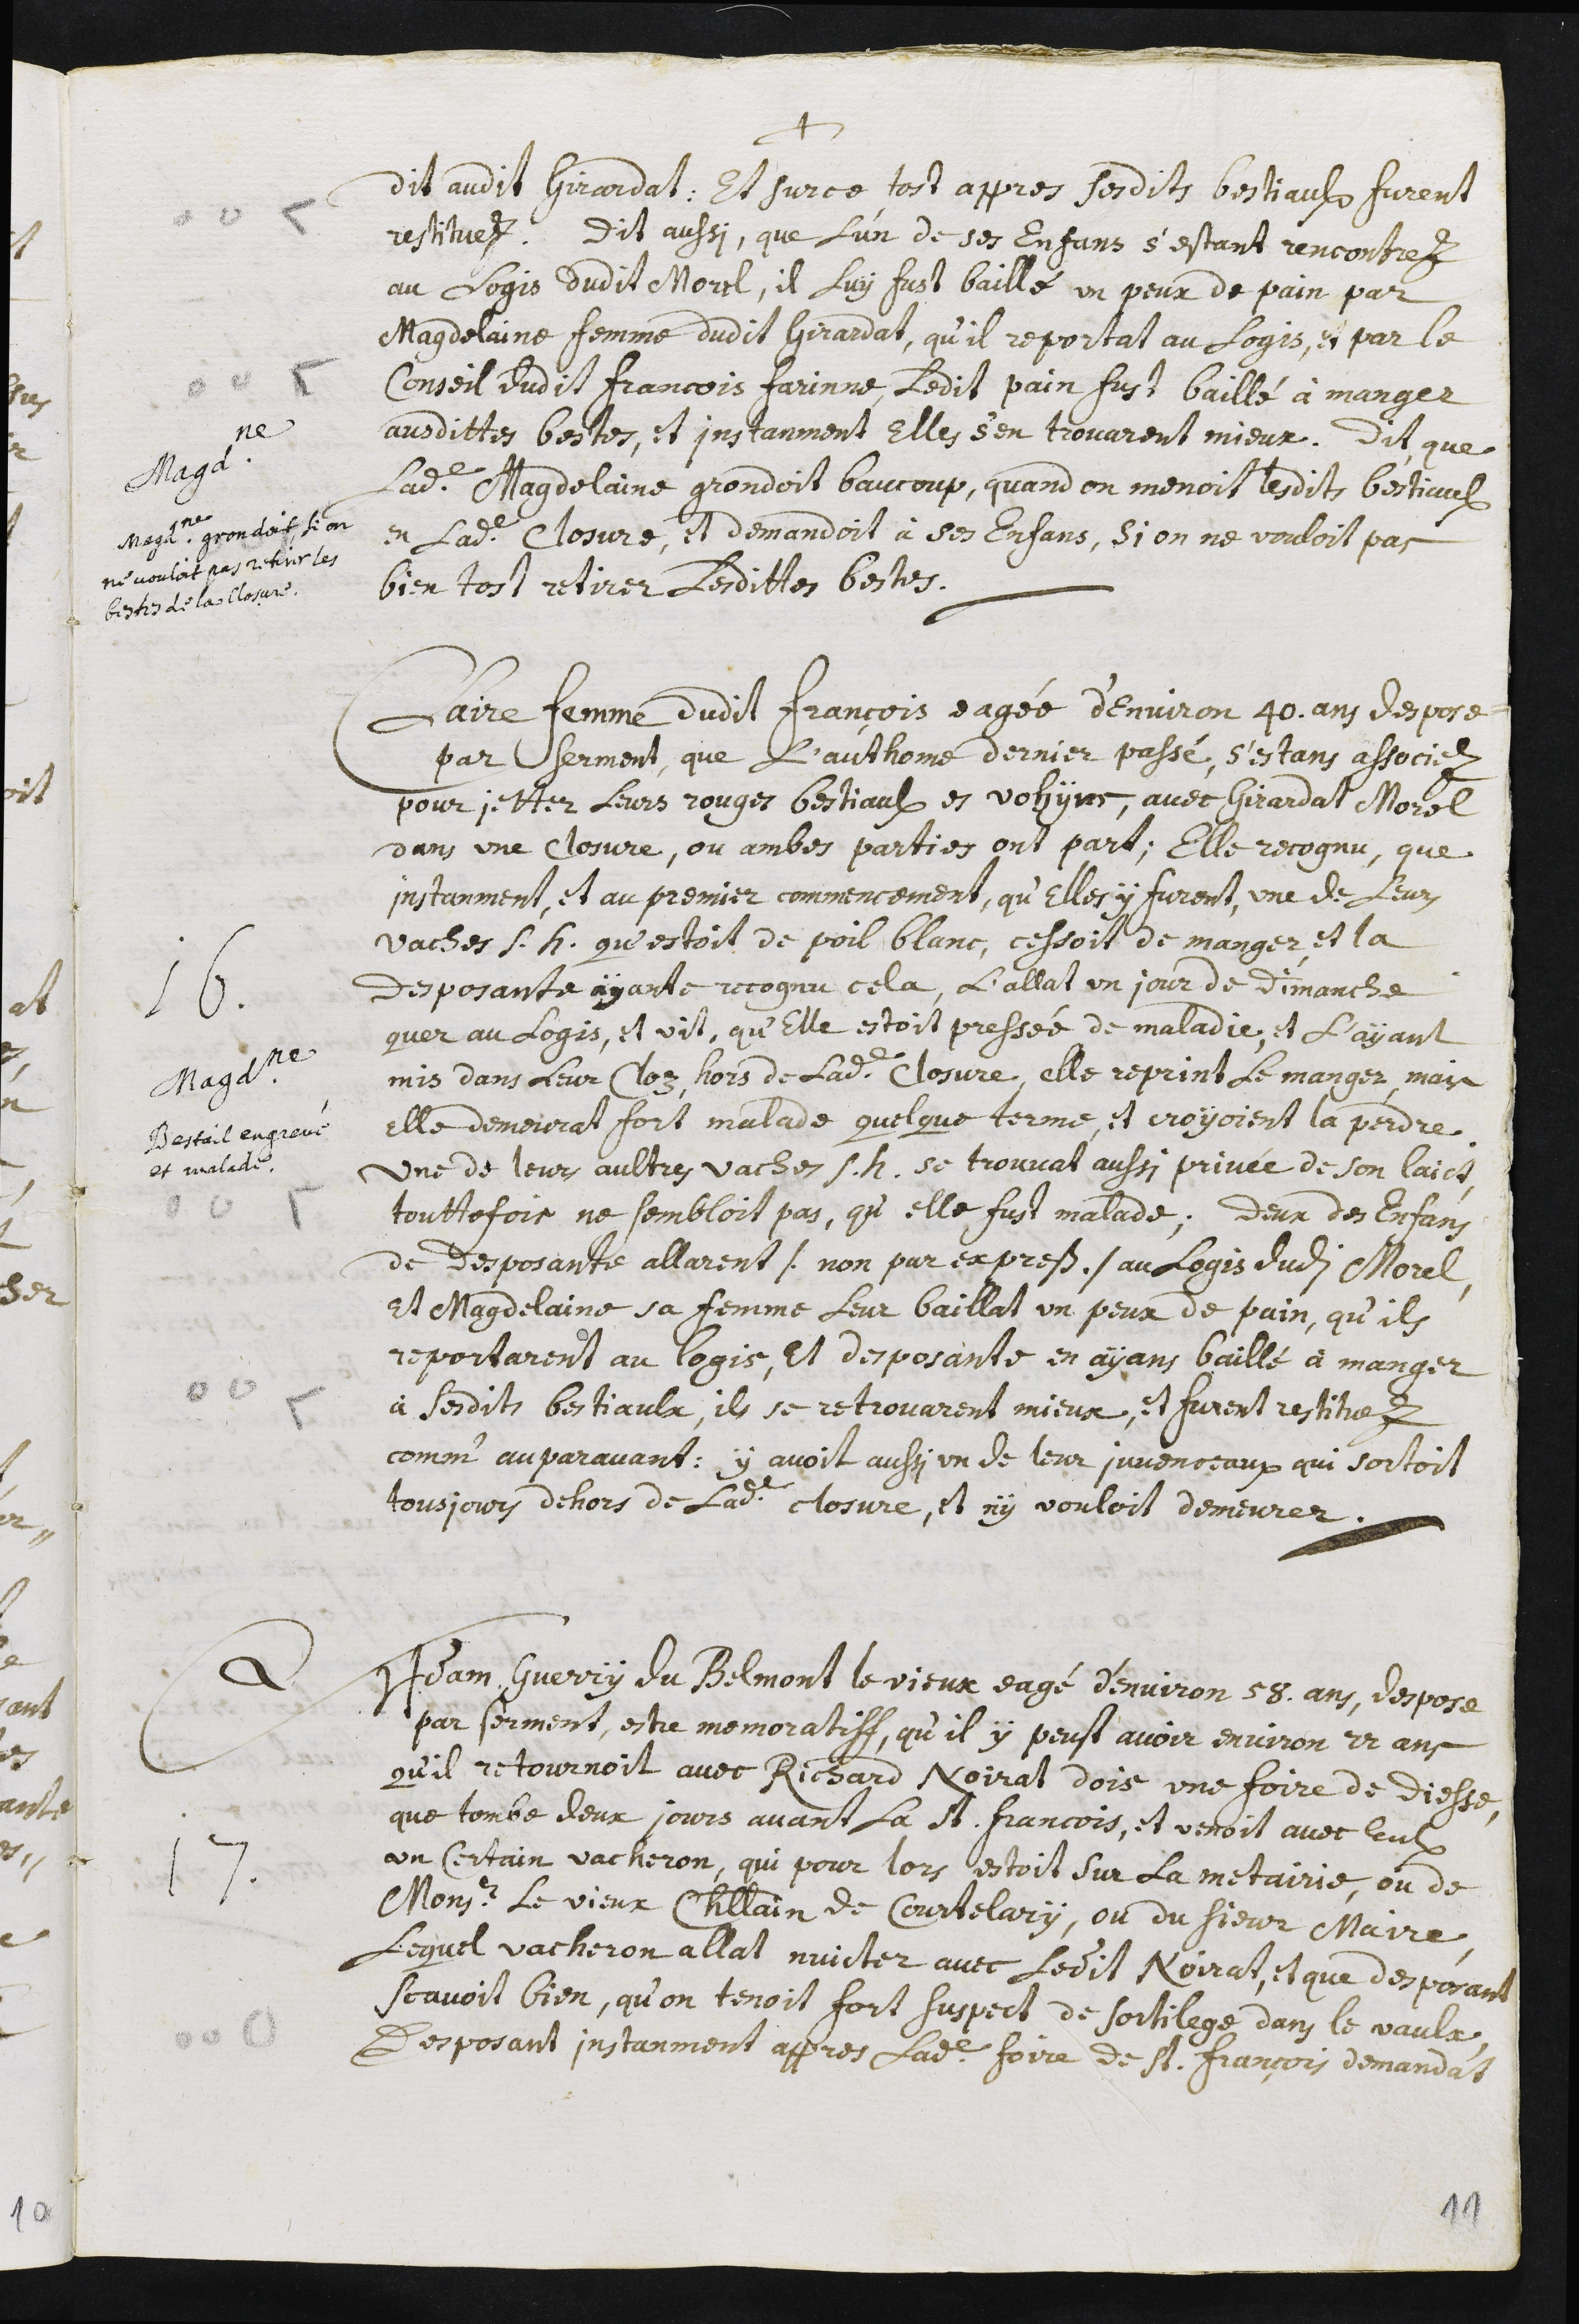
+
dit audit Girardat : et sur ce tost appres sesdits bestiaulx furent
restituez. Dit aussi, que l’un de ses enfans s’estant rencontrez
au logis dudit Morel, il luy fust baillé un peux de pain par
Magdelaine femme dudit Gerardat, qu’il reportat au logis, et par le
conseil dudit Francois Farinne, ledit pain fust baillé à manger
ausdittes bestes, et instanment elles s’en trouarent mieux. Dit que
ladite Magdelaine grondoit baucoup, quand on menoit lesdits bestiaulx
en ladite closure, et demandoit à ses enfans, si on ne vouloit pas
bien tost retirer lesdittes bestes.
Magdeleine
Magdeleine grondoit si on
ne vouloit pas retirer les
bestes de la closure.
Claire femme dudit François eagée d’environ 40 ans despose
par serment, que l’authome dernier passé, s’estans associez
pour jetter leurs rouges bestiaulx es vohyns, avec Girardat Morel
dans une closure, ou ambes parties ont part ; elle recognu, que
instanment, et au premier commencement, qu’elles y furent, une de leurs
vaches s.h. qu’estoit de poil blanc, cessoit de manger et la
desposante ayante recognu cela, l’allat un jour de dimanche
quer au logis, et vit qu’elle estoit pressée de maladie, et l’ayant
mis dans leur cloz, hors de ladite closure, elle reprint le manger, mais
elle demeurat fort malade quelque terme, il croyoient la perdre
une de leurs aultres vaches s.h. se trouvat aussi privée de son laict,
touttefois ne sembloit pas, qu’elle fust malade ; deux des enfans
de desposante allarent /. non par exprets ./ au logis dudit Morel,
et Magdelaine sa femme leur baillat un peux de pain, qu’ils
reportarent au logis, et desposante en ayans baillé à manger
à sesdits Bestiaulx, ils se retrovarent mieux, et furent restituez
comm’ auparavant : y avoit aussi un de leur juvenceaux qui sortoit
tousjours dehors de ladite closure, il n’y vouloit demeurer.
Magdeleine
Bestail engrevé
et malade.
17. Adam Guerry du Belmont le vieux eagé d’environ 58 ans, despose
par serment, estre memoratiff, qu’il y peult avoir environ 22 ans
qu’il retournoit avec Richard Noirat dois une foire de Diesse,
que tombe deux jours avant la St François, et venoit avec eulx
un certain vacheron, qui pour lors estoit sur la metairie, ou de
Monseigneur le vieux Chatellain de Courtelary, ou du sieur Maire,
lequel vacheron allat nuicter avec ledit Noirat, il que desposant
scavoir bien, qu’on tenoit fort suspect de sortilege dans le vaulx
desposant instanment appres ladite foire de St. François demandat